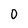
Character: 0